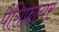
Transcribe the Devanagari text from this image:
पैसिफ़ायर